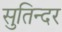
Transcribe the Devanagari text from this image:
सुतिन्दर